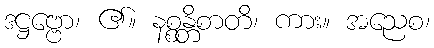
ဒဋ္ဌဗ္ဗော၊ ၏။ နစ္စန္တိစာတိ၊ ကား။ အညေစ၊